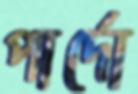
পার্দো